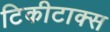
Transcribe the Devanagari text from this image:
टिकीटाक्स